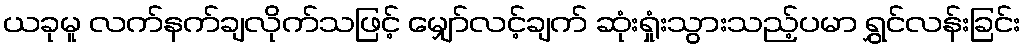
ယခုမူ လက်နက်ချလိုက်သဖြင့် မျှော်လင့်ချက် ဆုံးရှုံးသွားသည့်ပမာ ရွှင်လန်းခြင်း